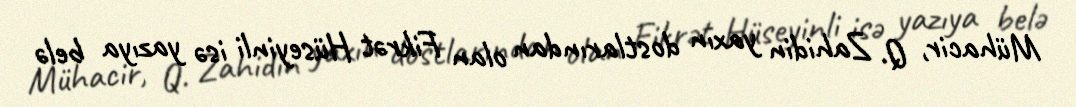
Mühacir, Q. Zahidin yaxın dostlarından olan Fikrət Hüseyinli isə yazıya belə